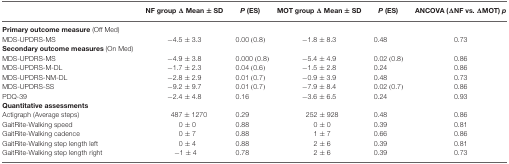
<table><thead><tr><td></td><td><b>NF group Δ Mean ± SD</b></td><td><b><i>P</i> (ES)</b></td><td><b>MOT group Δ Mean ± SD</b></td><td><b><i>P</i> (ES)</b></td><td><b>ANCOVA (ΔNF vs. ΔMOT) <i>p</i></b></td></tr></thead><tbody><tr><td><b>Primary outcome measure</b> (Off Med)</td></tr><tr><td>MDS-UPDRS-MS</td><td>−4.5 ± 3.3</td><td>0.00 (0.8)</td><td>−1.8 ± 8.3</td><td>0.48</td><td>0.73</td></tr><tr><td><b>Secondary outcome measures</b> (On Med)</td></tr><tr><td>MDS-UPDRS-MS</td><td>−4.9 ± 3.8</td><td>0.000 (0.8)</td><td>−5.4 ± 4.9</td><td>0.02 (0.8)</td><td>0.86</td></tr><tr><td>MDS-UPDRS-M-DL</td><td>−1.7 ± 2.3</td><td>0.04 (0.6)</td><td>−1.5 ± 2.8</td><td>0.24</td><td>0.86</td></tr><tr><td>MDS-UPDRS-NM-DL</td><td>−2.8 ± 2.9</td><td>0.01 (0.7)</td><td>−0.9 ± 3.9</td><td>0.48</td><td>0.73</td></tr><tr><td>MDS-UPDRS-SS</td><td>−9.2 ± 9.7</td><td>0.01 (0.7)</td><td>−7.9 ± 8.4</td><td>0.02 (0.7)</td><td>0.86</td></tr><tr><td>PDQ-39</td><td>−2.4 ± 4.8</td><td>0.16</td><td>−3.6 ± 6.5</td><td>0.24</td><td>0.93</td></tr><tr><td><b>Quantitative assessments</b></td></tr><tr><td>Actigraph (Average steps)</td><td>487 ± 1270</td><td>0.29</td><td>252 ± 928</td><td>0.48</td><td>0.86</td></tr><tr><td>GaitRite-Walking speed</td><td>0 ± 0</td><td>0.88</td><td>0 ± 0</td><td>0.39</td><td>0.81</td></tr><tr><td>GaitRite-Walking cadence</td><td>0 ± 7</td><td>0.88</td><td>1 ± 7</td><td>0.66</td><td>0.86</td></tr><tr><td>GaitRite-Walking step length left</td><td>0 ± 4</td><td>0.88</td><td>2 ± 6</td><td>0.39</td><td>0.81</td></tr><tr><td>GaitRite-Walking step length right</td><td>−1 ± 4</td><td>0.78</td><td>2 ± 6</td><td>0.39</td><td>0.73</td></tr></tbody></table>